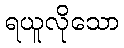
ရယူလိုသော